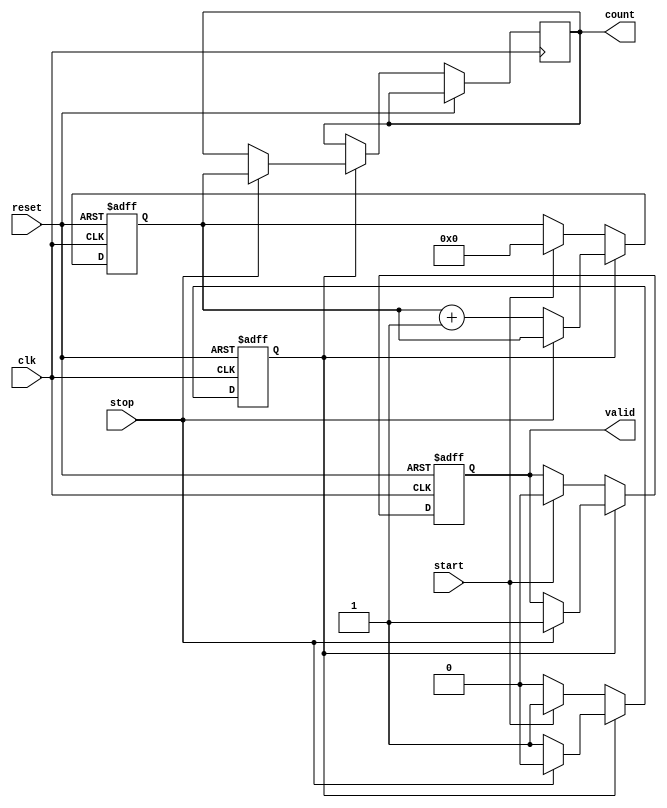
module TDC (
    input wire clk,          // Clock signal
    input wire reset,        // Reset signal
    input wire start,        // Start signal
    input wire stop,         // Stop signal
    output reg [15:0] count, // Output count representing the time interval
    output reg valid         // Output valid flag indicating valid count
);

    // Parameters
    parameter DEPTH = 16;    // Number of delay elements (adjust as needed)
    parameter DELAY_LINE_WIDTH = 4; // Width of delay line

    // Delay line (dynamically instantiate)
    wire [DEPTH-1:0] delay_line;

    // Counter
    reg [15:0] counter;      // Counter to count clock cycles

    // State machine for TDC operation
    reg measuring;           // Indicates if we are in measuring state

    // Generate a simple delay line using chains of registers
    genvar i;
    generate
        for (i = 0; i < DEPTH; i = i + 1) begin : delay_gen
            if (i == 0) begin
                // The first element directly takes the start signal
                assign delay_line[i] = start;
            end else begin
                // Subsequent elements are based on the previous element
                reg tmp;
                always @(posedge clk) begin
                    tmp <= delay_line[i-1];
                end
                assign delay_line[i] = tmp;
            end
        end
    endgenerate

    // Counter logic
    always @(posedge clk or posedge reset) begin
        if (reset) begin
            counter <= 0;
            valid <= 0;
            measuring <= 0;
        end else begin
            if (measuring) begin
                if (stop) begin
                    valid <= 1;           // Set valid flag when stop is triggered
                    count <= counter;     // Capture the count
                    measuring <= 0;       // Stop measuring
                end else begin
                    counter <= counter + 1; // Increment counter
                end
            end else if (start) begin
                counter <= 0;             // Reset counter on start
                valid <= 0;               // Clear valid flag
                measuring <= 1;           // Start measuring
            end
        end
    end

endmodule